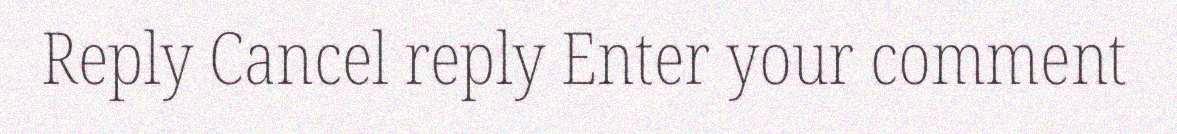
Reply Cancel reply Enter your comment